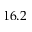
1 6 . 2